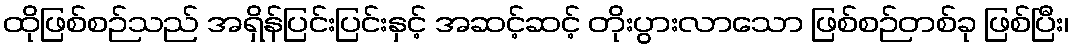
ထိုဖြစ်စဉ်သည် အရှိန်ပြင်းပြင်းနှင့် အဆင့်ဆင့် တိုးပွားလာသော ဖြစ်စဉ်တစ်ခု ဖြစ်ပြီး၊